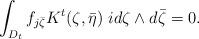
LaTeX: \begin{align*} \int_{D_t}f_{j\bar\zeta}K^t(\zeta,\bar\eta)\ id\zeta\wedge d\bar\zeta=0.\end{align*}